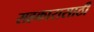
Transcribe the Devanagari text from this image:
सहकारासाठी